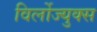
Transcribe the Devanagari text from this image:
विर्लोज्युक्स